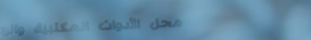
محل الأدوات المكتبية والح